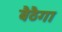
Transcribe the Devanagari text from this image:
बैठैगा